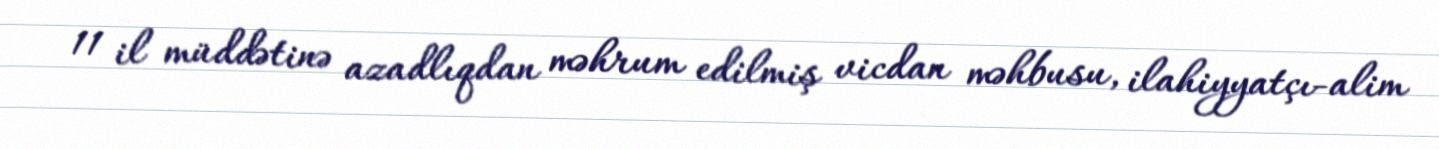
11 il müddətinə azadlıqdan məhrum edilmiş vicdan məhbusu, ilahiyyatçı-alim